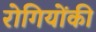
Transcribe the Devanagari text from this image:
रोगियोंकी